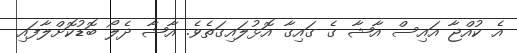
އެ ކުއްޖާ އައިސް އާޝާ ގެ ގައިގާ އޮޅުލައިގަތެވެ. އާޝާ ދެލޯ ބޮޑުކޮށްލާފައި